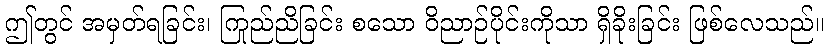
ဤတွင် အမှတ်ရခြင်း၊ ကြည်ညိုခြင်း စသော ဝိညာဉ်ပိုင်းကိုသာ ရှိခိုးခြင်း ဖြစ်လေသည်။